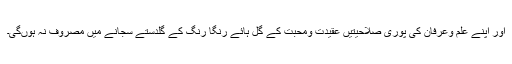
اور اپنے علم وعرفان کی پوری صلاحیتیں عقیدت ومحبت کے گل ہائے رنگا رنگ کے گلدستے سجانے میں مصروف نہ ہوںگی۔